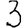
Digit: 3